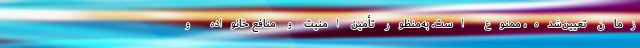
زمان تعیین‌شده، ممنوع است. به‌منظور تأمین امنیت و منافع خانواده و